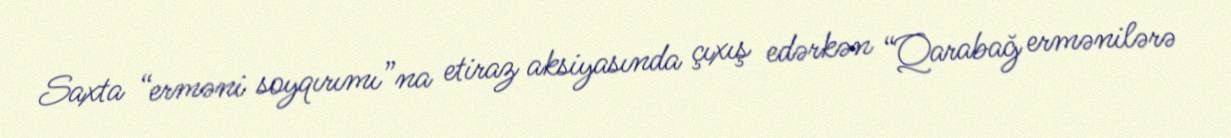
Saxta “erməni soyqırımı”na etiraz aksiyasında çıxış edərkən “Qarabağ ermənilərə